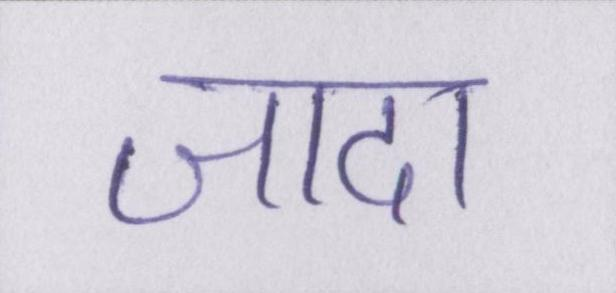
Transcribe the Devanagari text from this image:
जादा